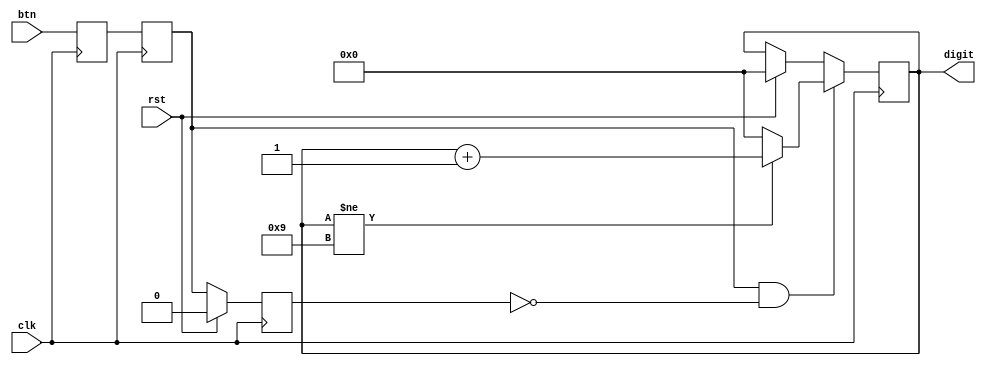
`timescale 1ns / 1ps

module Num_counter(
input btn,
input rst,
input clk,
output reg[3:0] digit
    );
   
reg push_f;
reg push_sync;
reg push_sync_f;
wire push_edge;

always@(posedge clk) begin
    push_f <= btn;
    push_sync <= push_f;    
end

always @(posedge clk) begin
if (rst) begin
    push_sync_f <= 1'b0;
end else begin
    push_sync_f <= push_sync;
    end
end

assign push_edge = push_sync & ~push_sync_f;

always@(posedge clk) begin
if (rst)
    digit <= 0;
if (push_edge) begin
    if (digit != 9) begin
        digit <= digit + 1; end
    else begin
        digit <= 0; end
    end
end

endmodule